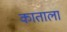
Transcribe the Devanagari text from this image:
काताला